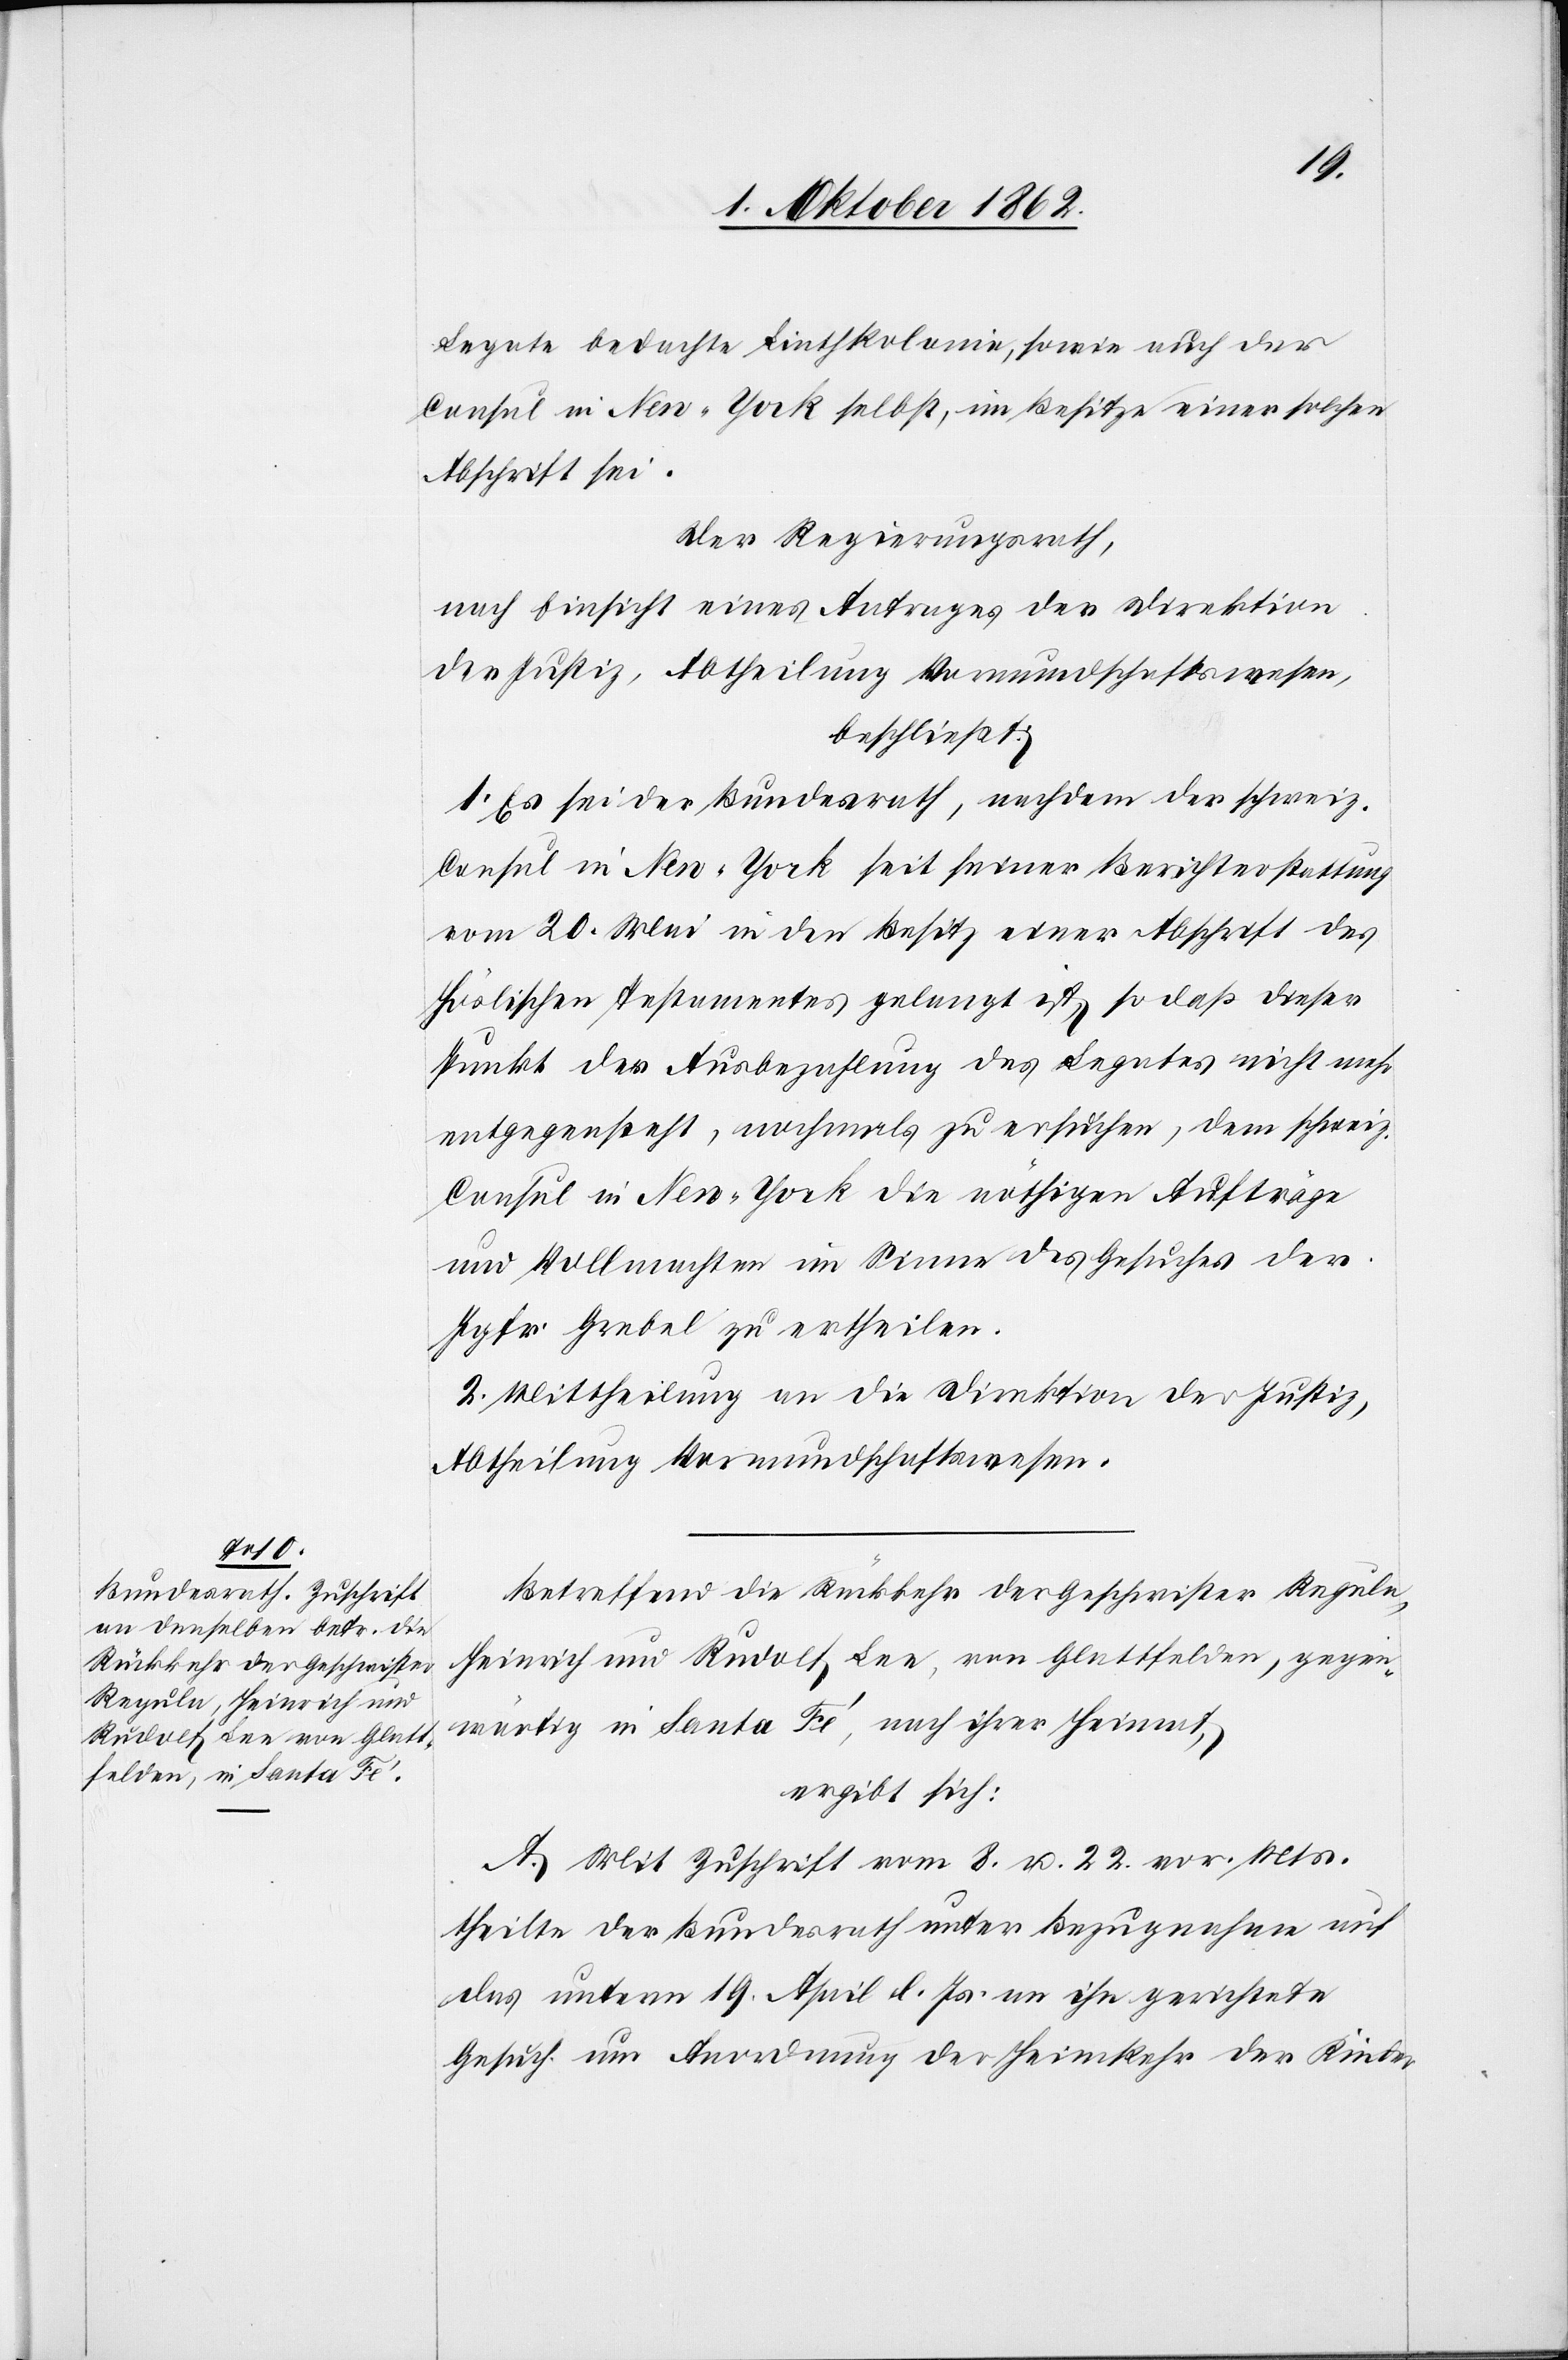
Legate bedachte Linthkolonie, sowie auch der
Consul in New-York selbst, im Besitze einer solchen
Abschrift sei.
Der Regierungsrath,
nach Einsicht eines Antrages der Direktion
der Justiz, Abtheilung Vormundschaftswesen,
beschließt:
1. Es sei der Bundesrath, nachdem der schweiz.
Consul in New-York seit seiner Berichterstattung
vom 20. Mai in den Besitz einer Abschrift des
höslischen Testamentes gelangt ist, so daß dieser
Punkt der Ausbezahlung des Legates nicht mehr
entgegensteht, nochmals zu ersuchen, dem schweiz.
Consul in New-York die nöthigen Aufträge
und Vollmachten im Sinne des Gesuches der
Jgfr. Grebel zu ertheilen.
2. Mittheilung an die Direktion der Justiz,
Abtheilung Vormundschaftswesen.
Betreffend die Rückkehr der Geschwister Regula,
Heinrich und Rudolf Lee, von Glattfelden, gegen¬
wärtig in Santa Fé, nach ihrer Heimat,
ergibt sich:
A. Mit Zuschrift vom 8. u. 22. vor. Mts.
theilte der Bundesrath unter Bezugnahem auf
das unterm 19. April l. Js. an ihn gerichtete
Gesuch um Anordnung der Heimkehr der Kinder